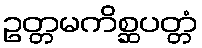
ဥတ္တမကိစ္ဆပတ္တံ